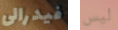
فيدرالى ليس